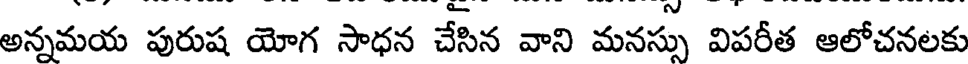
అన్నమయ పురుష యోగ సాధన చేసిన వాని మనస్సు విపరీత ఆలోచనలకు